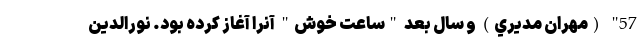
57" (مهران مديري) و سال بعد "ساعت خوش" آنرا آغاز کرده بود. نورالدين